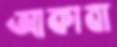
আকাবা